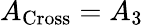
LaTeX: A_{\mathrm{Cross}}=A_{3}